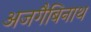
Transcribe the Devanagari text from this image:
अजगैबिनाथ